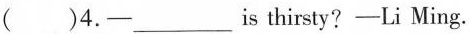
()4. -___is thirsty? -Li Ming.